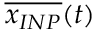
\overline { { x _ { I N P } } } ( t )